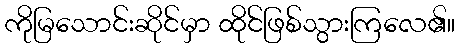
ကိုမြသောင်းဆိုင်မှာ ထိုင်ဖြစ်သွားကြလေ၏။